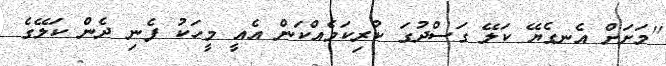
''މަށަށް އެނގެޔޭ ކަލޭ ގަސްދުގަ ކުރިކަމެއްކަން އެއީ މީހަކު ފެނި ދެން ކަލޭގެ